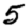
Digit: 5